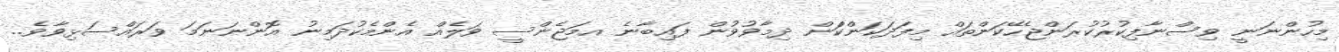
މިހުންނަނީ ވިސްނާފިކުރުކުރަންޖެހޭކަންތައް މިފަދަކަންކަްން ދިމާވުވުން ފައިބާނެ އމަޖެންސީ ވަލެއް އެންމެކުދަމިނު އޮންނަނަމަ ވަރައްސަޅިވާވެ..